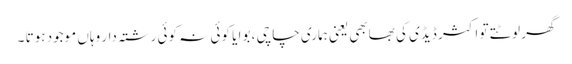
گھر لوٹتے تو اکثر ڈیڈی کی بھابھی یعنی ہماری چاچی ، بوا یا کوئی نہ کوئی رشتہ دار وہاں موجود ہوتا ۔